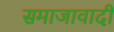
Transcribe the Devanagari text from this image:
समाजावादी